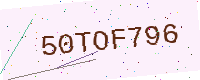
Text: 50TOF796